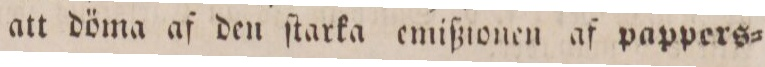
att döma af den ſtarka emißionen af pappers=